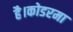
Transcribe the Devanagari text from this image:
है।कोडरमा